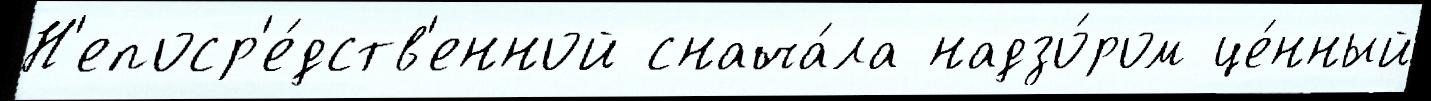
Н'епоср'е́дств'енной снача́ла надзо́ром це́нный